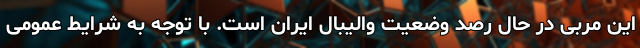
این مربی در حال رصد وضعیت والیبال ایران است. با توجه به شرایط عمومی